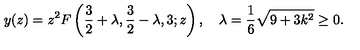
y ( z ) = z ^ { 2 } F \left( \frac { 3 } { 2 } + \lambda , \frac { 3 } { 2 } - \lambda , 3 ; z \right) , \quad \lambda = \frac { 1 } { 6 } \sqrt { 9 + 3 k ^ { 2 } } \ge 0 .